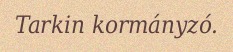
Tarkin kormányzó.